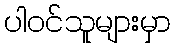
ပါဝင်သူများမှာ